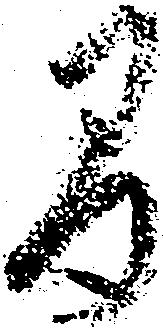
間